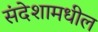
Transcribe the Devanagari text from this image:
संदेशामधील